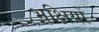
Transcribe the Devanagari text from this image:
भक्षियों